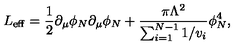
L _ { \mathrm { e f f } } = { \frac { 1 } { 2 } } \partial _ { \mu } \phi _ { N } \partial _ { \mu } \phi _ { N } + { \frac { \pi \Lambda ^ { 2 } } { \sum _ { i = 1 } ^ { N - 1 } 1 / v _ { i } } } \phi _ { N } ^ { 4 } ,